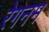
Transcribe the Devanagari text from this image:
रेगनम